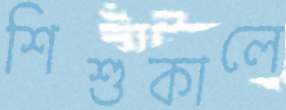
শিশুকালে